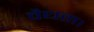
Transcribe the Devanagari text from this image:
वैधता।